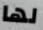
لها